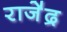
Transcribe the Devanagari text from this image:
राजे॑द्र